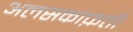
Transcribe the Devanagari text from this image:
अलसकाफ़ती